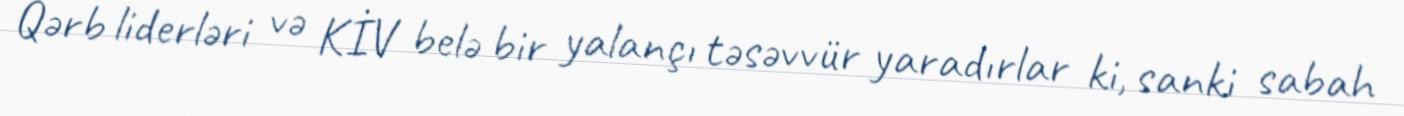
Qərb liderləri və KİV belə bir yalançı təsəvvür yaradırlar ki, sanki sabah